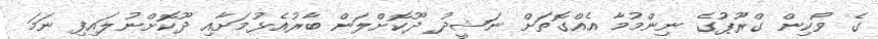
ގެ ވޯކިން ގްރޫޕުގެ ނިންމުމާ އެއްގޮތަށް ނަޝީދު ދޫކޮށްލަން ބާރުއެޅުމަށާއި ދޫކޮށްނުލައިފި ނަމަ